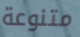
متنوعة